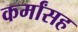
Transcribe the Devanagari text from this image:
कर्मांसह